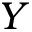
Y